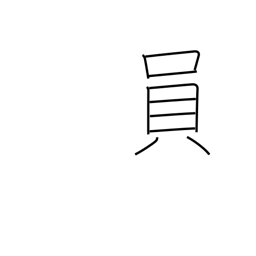
Meaning: the one in charge